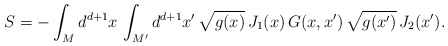
\begin{align*}S = -\int_M d^{d+1}x \, \int_{M^\prime} d^{d+1}x^\prime \,\sqrt{g(x)} \, J_1(x) \, G(x,x^\prime) \, \sqrt{g(x^\prime)} \,J_2(x^\prime). \end{align*}